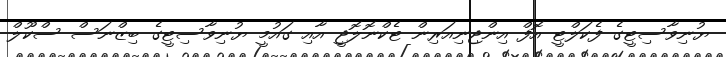
ޔުނިވާސިޓީގެ ފެކަލްޓީ އޮފް އިންޖިނިއަރިން ޓެކްނޮލޮޖީ އާއި ގައުމީ ޔުނިވާސިޓީގެ ބިޒްނަސް ސްކޫލް